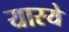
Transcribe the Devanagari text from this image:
यास्ये